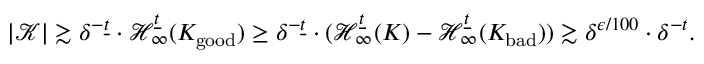
| \mathcal { K } | \gtrsim \delta ^ { - \underline { { t } } } \cdot \mathcal { H } _ { \infty } ^ { \underline { { t } } } ( K _ { \mathrm { g o o d } } ) \geq \delta ^ { - \underline { { t } } } \cdot ( \mathcal { H } _ { \infty } ^ { \underline { { t } } } ( K ) - \mathcal { H } _ { \infty } ^ { \underline { { t } } } ( K _ { \mathrm { b a d } } ) ) \gtrsim \delta ^ { \epsilon / 1 0 0 } \cdot \delta ^ { - t } .